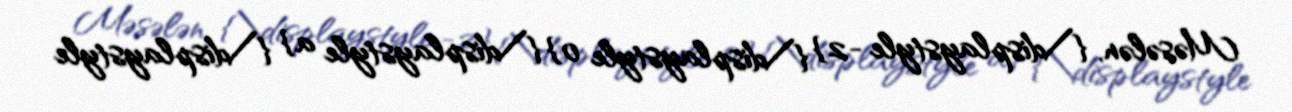
Məsələn, {\displaystyle -2} {\displaystyle 0} {\displaystyle a} {\displaystyle